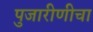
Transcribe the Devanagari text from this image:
पुजारीणीचा